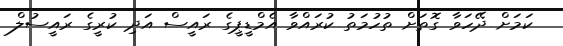
ކަމަށް ދޭހަވާ ގޮތަށް ތުހުމަތު ކުރައްވާ އެމްޑީޕީގެ ރައީސް އަދި ކުރީގެ ރައީސުލް